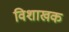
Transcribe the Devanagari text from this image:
विशाखक